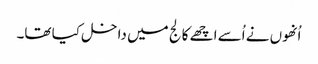
اُنھوں نے اُسے اچھے کالج میں داخل کیا تھا۔